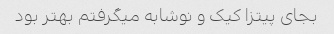
بجای پیتزا کیک و نوشابه میگرفتم بهتر بود